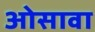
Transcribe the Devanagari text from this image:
ओसावा